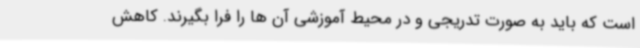
است که باید به صورت تدریجی و در محیط آموزشی آن ها را فرا بگیرند. کاهش